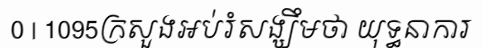
0 | 1095ក្រសួងអប់រំសង្ឃឹមថា យុទ្ធនាការ